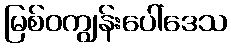
မြစ်ဝကျွန်းပေါ်ဒေသ